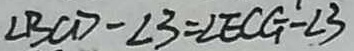
\angle B C D - \angle 3 = \angle E C G - \angle 3